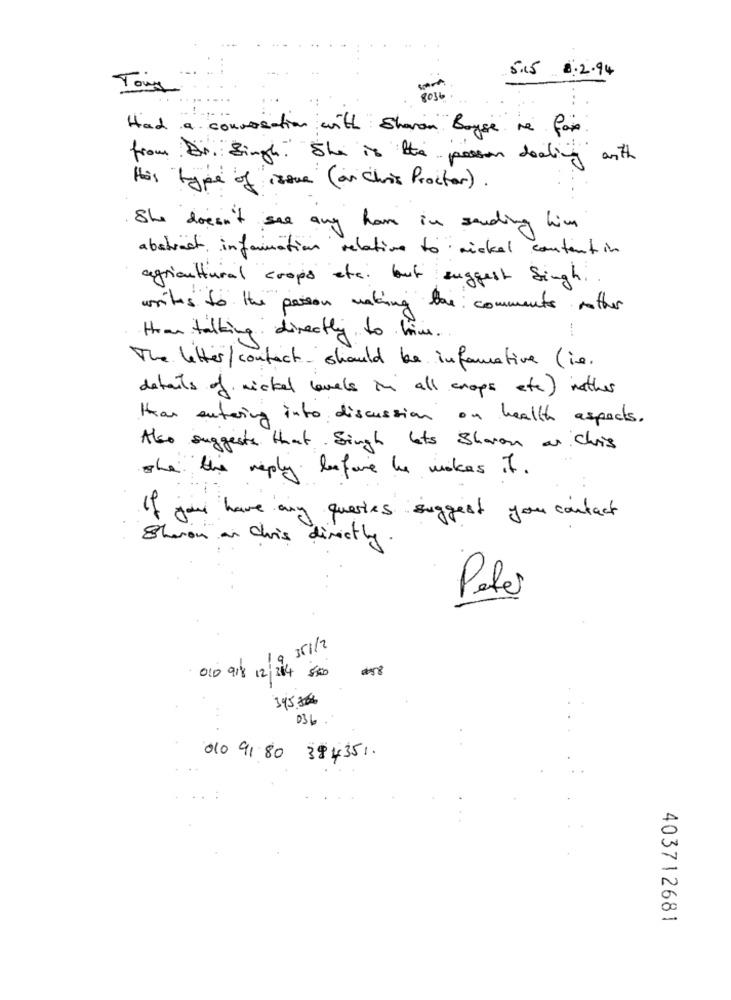
5.5 $2.94
Tours
8036
Had a conversation with Sharon Bayse re fax
from Dr. Singh." She is the person dealing with
this type of issue ( or Chris Proctor) .
She doesn't see any home in sending him
abstract, information relative to mickel content in
agricultural crops etc. but suggest Singh.
writes to the person making the comments mother
Han talking directly to him.
The letter/contact- should be informative (ie.
details of nickel levels in all crops etc) nather
Han entering into discussion on health aspects.
Also suggests that Singh lets Sharon as Chris
she the reply before he makes it.
If you have any queries suggest your contact
Sharon an Chois directly.
Peter
119 351/2
010 918 12 214 500
3458#
036
010 91 80 384351.
403712681